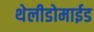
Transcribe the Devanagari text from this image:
थेलीडोमाईड